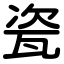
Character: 瓷